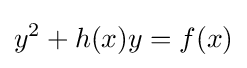
y^{2}+h(x)y=f(x)